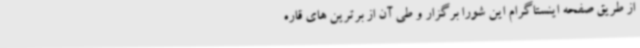
از طریق صفحه اینستاگرام این شورا برگزار و طی آن از برترین های قاره